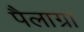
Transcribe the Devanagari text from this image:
पैलाग्रा